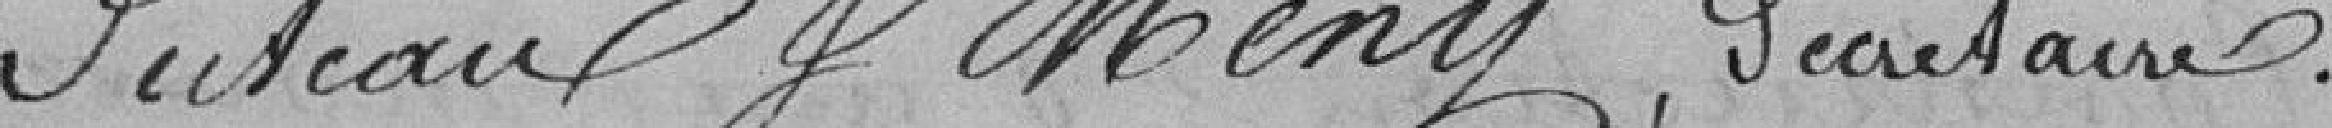
Puteaux et Meny, secrétaire.